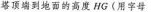
塔顶端到地面的高度HG(用字母